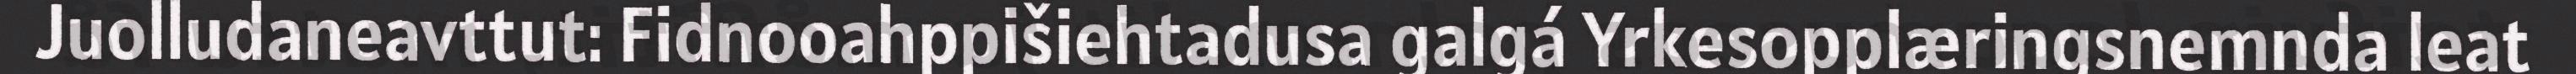
Juolludaneavttut: Fidnooahppišiehtadusa galgá Yrkesopplæringsnemnda leat